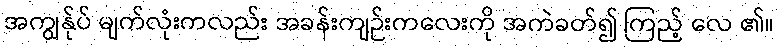
အကျွန်ုပ် မျက်လုံးကလည်း အခန်းကျဉ်းကလေးကို အကဲခတ်၍ ကြည့် လေ ၏။